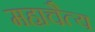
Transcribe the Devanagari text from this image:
महाचैत्‍य